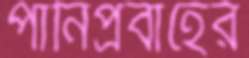
পানিপ্রবাহের